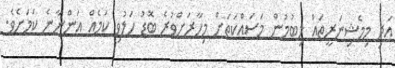
އަދި މިމެޝިނަރީތައް ލިބުމުން މަސައްކަތަށް މިހާރަށްވުރެ ބޮޑު ހަލުވި ކަމެއް އަންނާނެ ކަމަށެވެ.